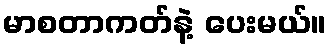
မာစတာကတ်နဲ့ ပေးမယ်။